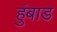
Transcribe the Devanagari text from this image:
हुंबाड